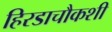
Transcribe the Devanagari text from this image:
हिरडाचौकशी